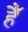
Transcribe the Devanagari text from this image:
हैॅ